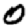
Digit: 0